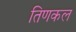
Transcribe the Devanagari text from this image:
तिणकल